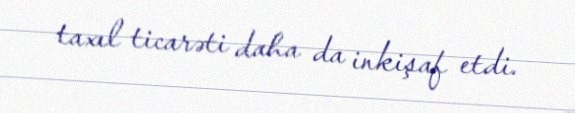
taxıl ticarəti daha da inkişaf etdi.